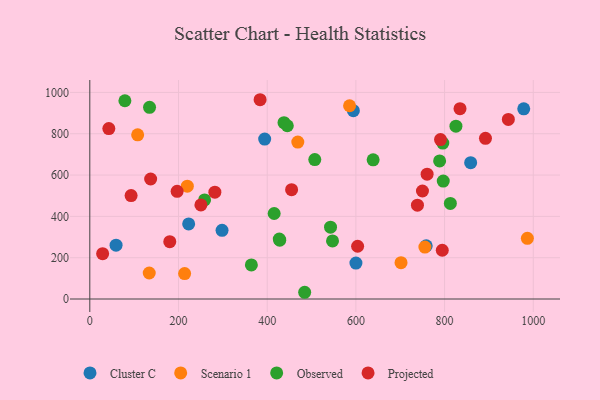
{"axis": {"x": "Investment", "y": "Rating"}, "legend": ["Cluster C", "Observed", "Projected", "Scenario 1"], "data": [{"x": "298.2", "y": 332.4, "type": "Cluster C"}, {"x": "858.8", "y": 660.1, "type": "Cluster C"}, {"x": "978.5", "y": 920.4, "type": "Cluster C"}, {"x": "59.2", "y": 260.6, "type": "Cluster C"}, {"x": "222.9", "y": 363.5, "type": "Cluster C"}, {"x": "594.3", "y": 911.6, "type": "Cluster C"}, {"x": "394.3", "y": 774.0, "type": "Cluster C"}, {"x": "600.1", "y": 174.0, "type": "Cluster C"}, {"x": "758.6", "y": 257.3, "type": "Cluster C"}, {"x": "107.9", "y": 794.6, "type": "Scenario 1"}, {"x": "986.7", "y": 293.7, "type": "Scenario 1"}, {"x": "219.9", "y": 546.0, "type": "Scenario 1"}, {"x": "755.6", "y": 251.4, "type": "Scenario 1"}, {"x": "469.0", "y": 759.6, "type": "Scenario 1"}, {"x": "134.0", "y": 125.9, "type": "Scenario 1"}, {"x": "585.7", "y": 935.4, "type": "Scenario 1"}, {"x": "213.8", "y": 123.0, "type": "Scenario 1"}, {"x": "701.8", "y": 176.1, "type": "Scenario 1"}, {"x": "134.7", "y": 928.0, "type": "Observed"}, {"x": "796.0", "y": 754.7, "type": "Observed"}, {"x": "428.3", "y": 284.6, "type": "Observed"}, {"x": "427.3", "y": 290.0, "type": "Observed"}, {"x": "484.5", "y": 32.6, "type": "Observed"}, {"x": "364.3", "y": 165.2, "type": "Observed"}, {"x": "437.9", "y": 853.6, "type": "Observed"}, {"x": "79.1", "y": 959.7, "type": "Observed"}, {"x": "547.3", "y": 281.2, "type": "Observed"}, {"x": "445.4", "y": 838.7, "type": "Observed"}, {"x": "638.9", "y": 673.5, "type": "Observed"}, {"x": "797.0", "y": 570.9, "type": "Observed"}, {"x": "825.6", "y": 836.4, "type": "Observed"}, {"x": "788.8", "y": 668.6, "type": "Observed"}, {"x": "542.8", "y": 347.9, "type": "Observed"}, {"x": "258.8", "y": 479.7, "type": "Observed"}, {"x": "813.0", "y": 462.7, "type": "Observed"}, {"x": "507.3", "y": 674.9, "type": "Observed"}, {"x": "415.7", "y": 413.9, "type": "Observed"}, {"x": "760.6", "y": 604.4, "type": "Projected"}, {"x": "892.2", "y": 777.8, "type": "Projected"}, {"x": "790.8", "y": 771.8, "type": "Projected"}, {"x": "282.0", "y": 516.9, "type": "Projected"}, {"x": "834.8", "y": 921.1, "type": "Projected"}, {"x": "42.9", "y": 824.8, "type": "Projected"}, {"x": "738.8", "y": 454.3, "type": "Projected"}, {"x": "384.0", "y": 964.6, "type": "Projected"}, {"x": "943.8", "y": 869.3, "type": "Projected"}, {"x": "603.9", "y": 255.4, "type": "Projected"}, {"x": "794.8", "y": 236.1, "type": "Projected"}, {"x": "750.1", "y": 522.8, "type": "Projected"}, {"x": "93.1", "y": 500.6, "type": "Projected"}, {"x": "250.5", "y": 455.6, "type": "Projected"}, {"x": "196.9", "y": 521.0, "type": "Projected"}, {"x": "28.9", "y": 219.5, "type": "Projected"}, {"x": "455.0", "y": 529.1, "type": "Projected"}, {"x": "180.3", "y": 277.5, "type": "Projected"}, {"x": "137.2", "y": 581.0, "type": "Projected"}]}